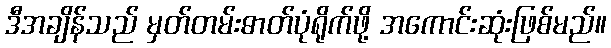
ဒီအချိန်သည် မှတ်တမ်းဓာတ်ပုံရိုက်ဖို့ အကောင်းဆုံးဖြစ်မည်။